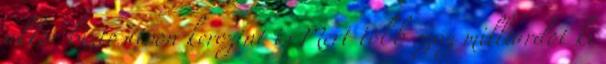
akkor biztosítson kerozint is Mert több száz milliárdot ki